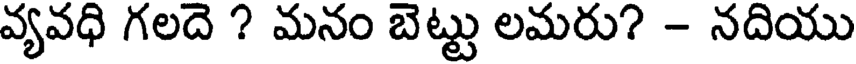
వ్యవధి గలదె ? మనం బెట్టు లమరు? - నదియు